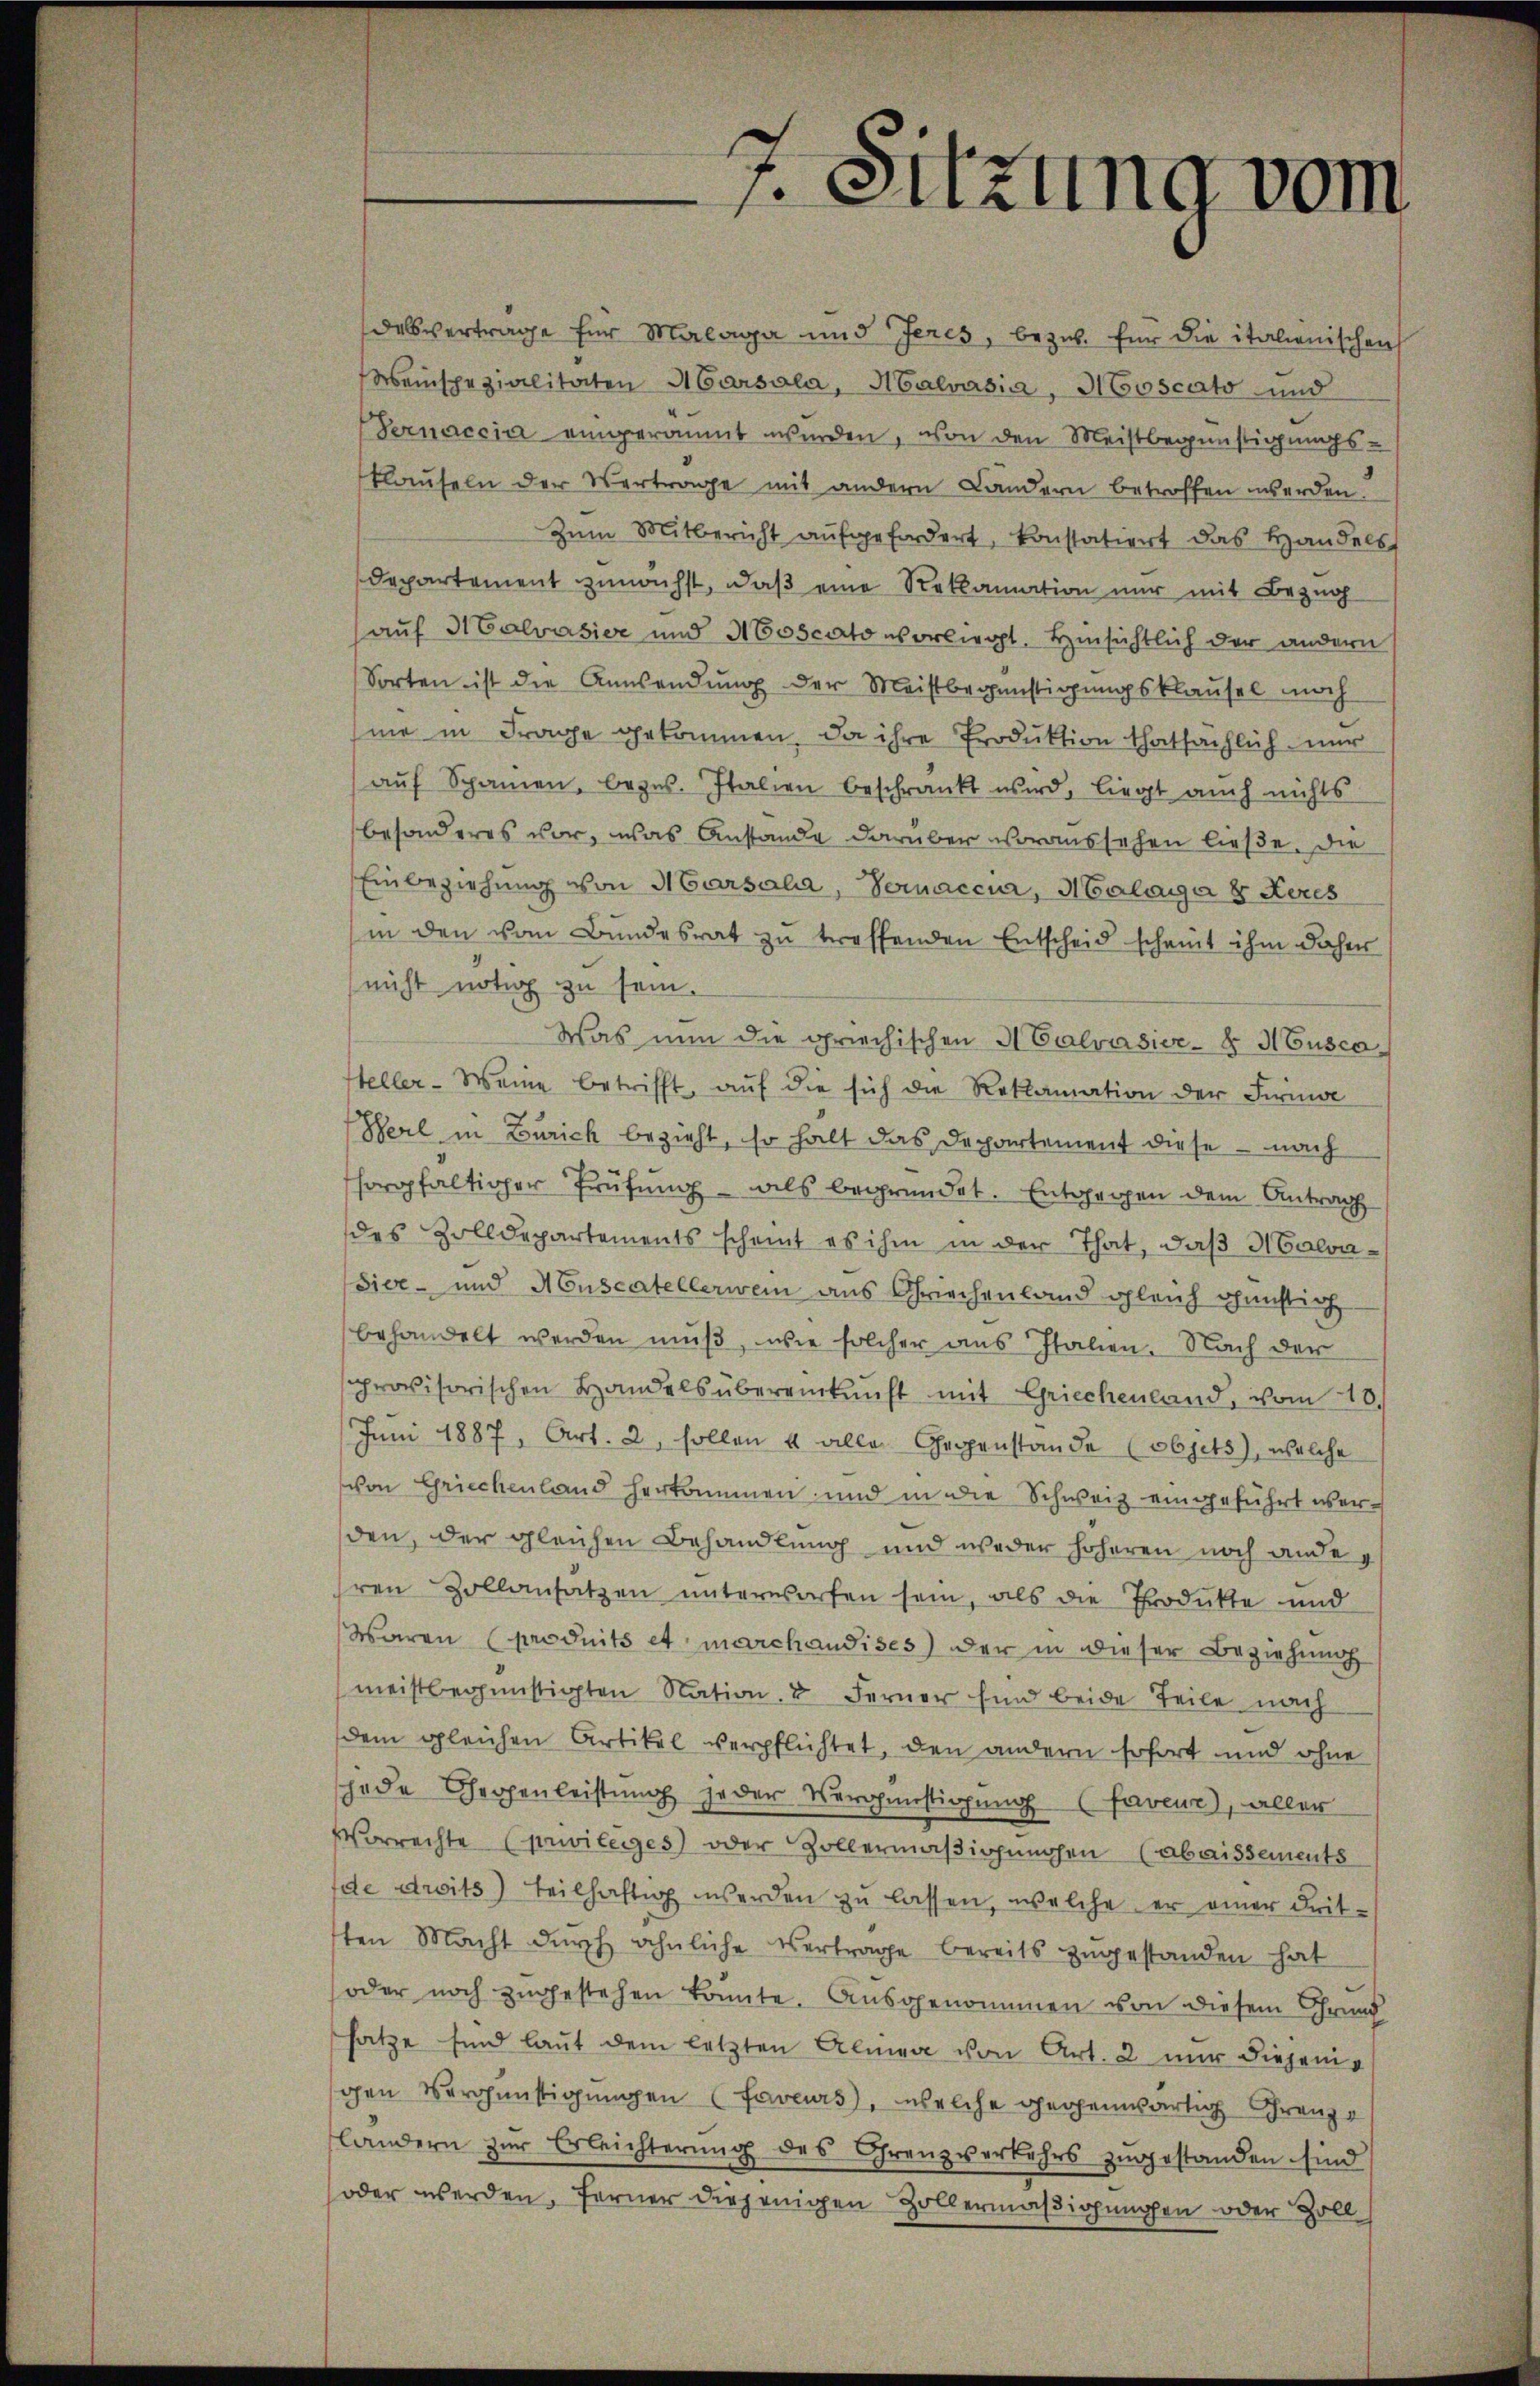
f. Sitzung vom

dalsverträge für Malage und Jeres, bezw. für die italienischen
Weinspezialitäten Marsala, Malvasia, Moscato und
Pernaccia eingeräumt werden, von den Meistbegünstigungsklaŭseln der Vertrage mit andern Landern betroffen werden.
Zŭm Mitbericht aŭfgefordert, konstatiert das Handels
Departement zunächst, daß eine Reklamation nur mit Begnah
auf Malvasior und Moscato vorliegt. Hinsichtlich der andern
Sorten ist die Anwendung der Meistbegünstigungsklausel noch
me in Frage gekommen, da ihre Produktion thatsächlich nur
aŭf Spanien, beges. Italien beschränkt wird, liegt auch nichts
besonderes vor, was Anstande darüber voraussehen ließe. Die
Einbeziehung von Marsali, Vernaccna, Malanga 8 Reces
in den vom Bundesrat zu treffenden Entscheid scheint ihm daher
nicht nötig zu sein.
Was nun die griechischen Malvasier- & Muscasteller-Weine betrifft, aŭf die sich die Reklamation der Firive
Herl in Zürich bezieht, so halt das Departement diese - nach
sorgfaltiger Prüfung - als begründet. Entgegen dem Antrag
des Zolldepartements scheint es ihm in der That, daß M Calva¬
Sive- und Muscatellerwein aus Griechenland gleich günstich
behandelt werden mŭβ, wie solcher aus Italien. Nach der
sprovisorischen Handels übereinkunft mit Griechenland, vom 10.
Juni 1887, Art. 2, sollen u alle Gegenstande (objets), welche
von Griechenland herkommen und in die Schweiz eingeführt werden, der gleichen Behandlung und weder höheren noch andehren Zollansatzen unterworfen sein, als die Throdukte und
Waren (produits et marchaudises) der in dieser Beziehung
meistbegünstigten Nation, u Ferner sind beide Teile nach
dem gleichen Artikel verpflichtet, den andern sofort und ohne
jede Gegenleistung jeder Vergünstigung (Faveur), aller
Vorrechte Curivileges) oder Zollermäßigungen (abaissements
de droits) teilhaftig werden zu lassen, welche er einer dritsten Macht dŭrch ähnliche Vertrage bereits zugestanden hat
oder noch zugestehen könnte. Ausgenommen von diesem Grund
satze sind laut dem letzten Alinea von Art. 2 nur diejenigen Vergünstigungen (Faveurs, welche gegenwärtig Grenze
landern zŭr Erleichterŭng des Grenzverkehrs zŭgestanden sind
oder werden. Ferner diejenigen Zollermäßigungen oder Zoll